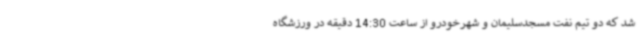
شد که دو تیم نفت مسجدسلیمان و شهرخودرو از ساعت 14:30 دقیقه در ورزشگاه